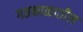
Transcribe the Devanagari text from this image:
गतकाळातील